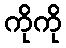
ကိုကို